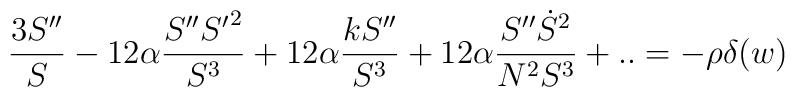
\frac{3S''}{S}-12 \alpha \frac{ S'' {S'}^2}{S^3}+ 12 \alpha  \frac{k S''}{S^3}+12 \alpha \frac{ S'' \dot S^2}{N^2S^3}+..=- \rho \delta(w)